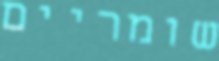
שומריים